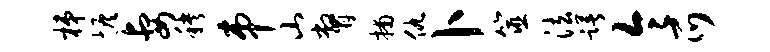
梯恢妻秧串山瞥捕仇卜筮法躇令爪